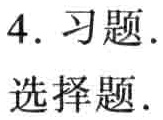
4. 习题.
选择题.